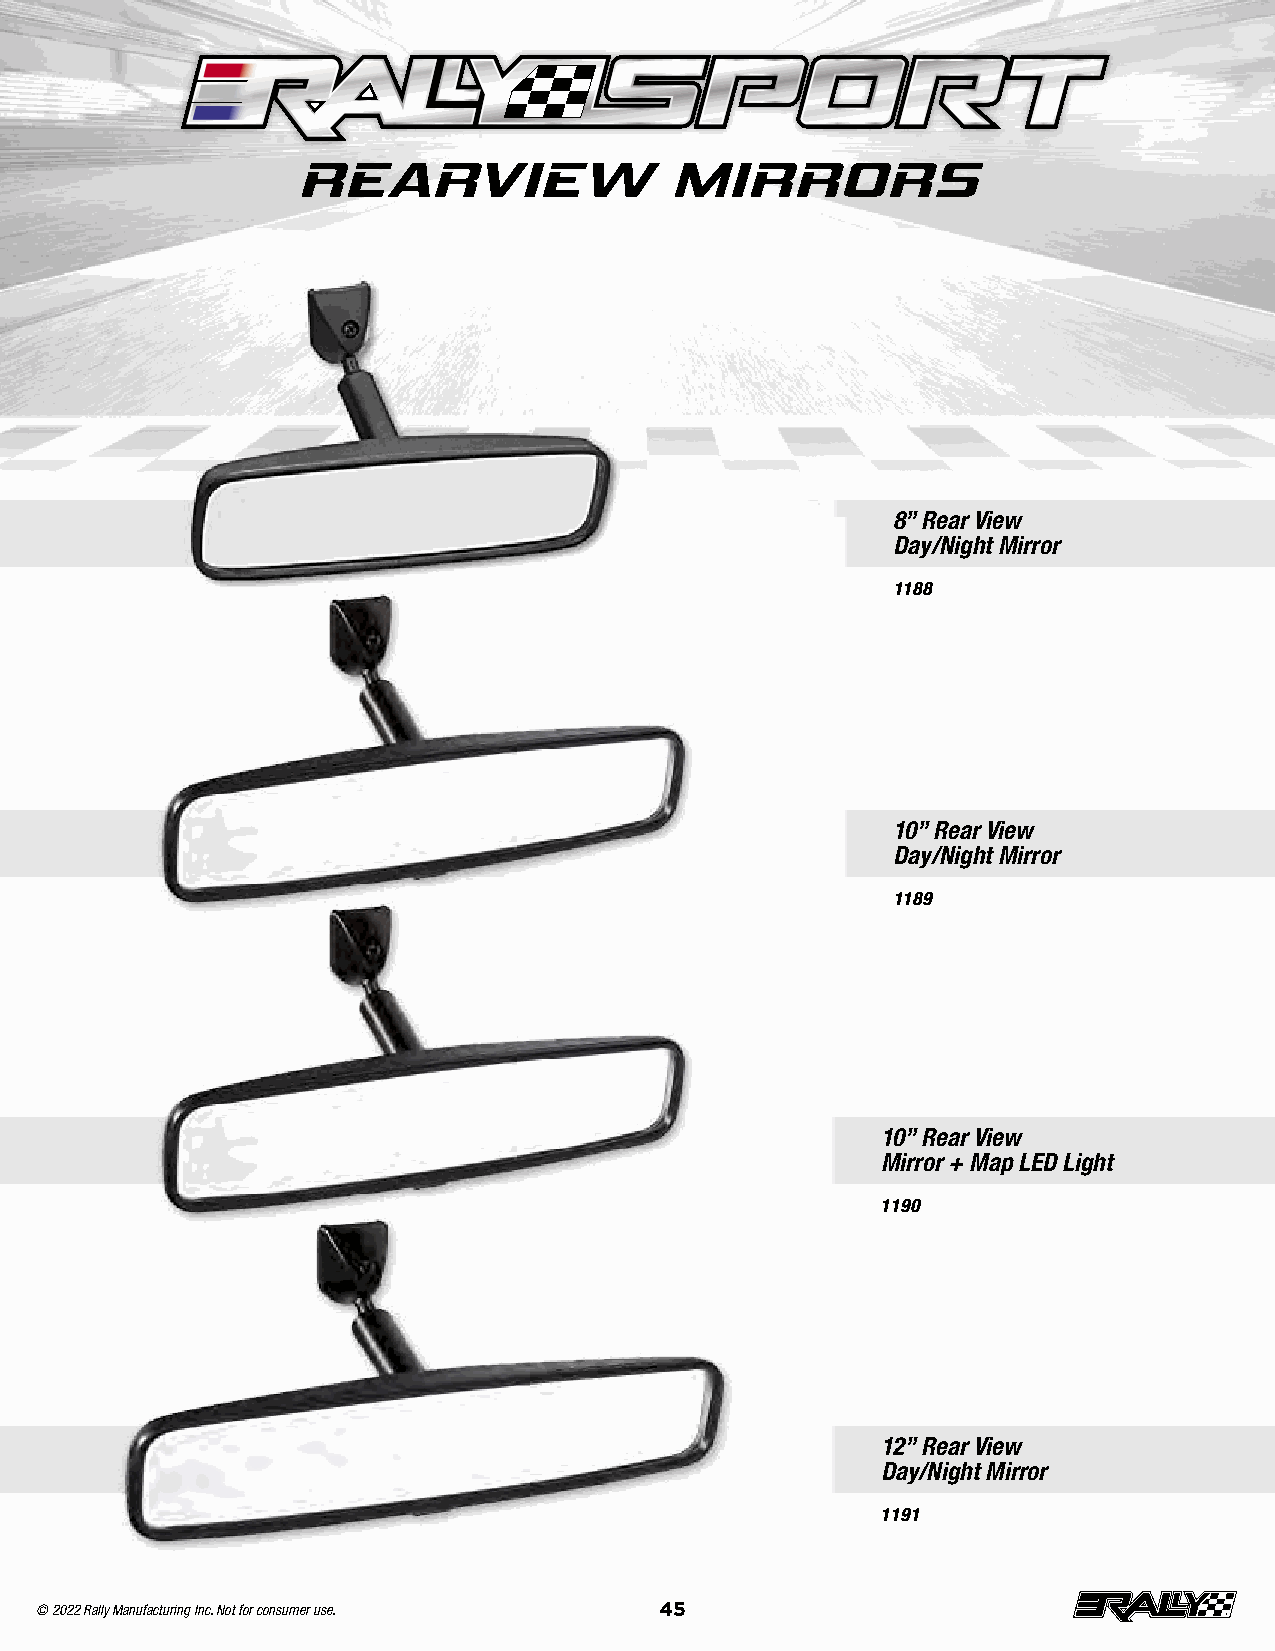
REARVIEW                MIRRORS
 8” Rear View
 Day/Night Mirror
 1188
 10” Rear View
 Day/Night Mirror
 1189
 10” Rear View
 Mirror + Map LED Light
 1190
 12” Rear View
 Day/Night Mirror
 1191
 © 2022 Rally Manufacturing Inc. Not for consumer use. 45